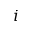
i